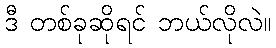
ဒီ တစ်ခုဆိုရင် ဘယ်လိုလဲ။